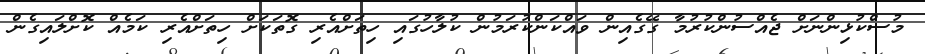
މުސްކުޅިންނަށް ޖެއްސުންކުރުމާ ގޭގެއިން ވައްކަންކުރަމުން ކުލާހުގައި ހިތަށްއެރި ގޮތަކަށް ހިތަށްއެރި ކަމެއް ކޮށްލައިގެން